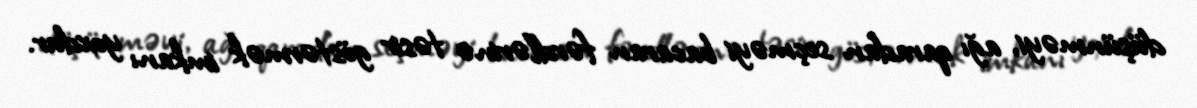
düşünməyi, ağı qaradan seçməyi bacaran fərdlərinə təsir göstərmək imkanı yoxdur.